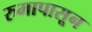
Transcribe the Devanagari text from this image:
रुमापासून